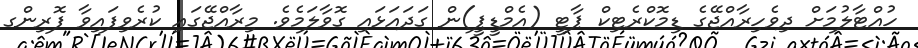
ހުއްޓާލުމަށް ދިވެހިރާއްޖޭގެ ޑިމޮކްރެޓިކް ޕާޓީ (އެމްޑީޕީ)ން ގަދައަޅައި ގޮވާލަމެވެ. މިރާއްޖޭގައި ކުރެވިފައިވާ ފޮރިންގ